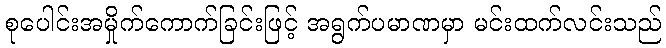
စုပေါင်းအမှိုက်ကောက်ခြင်းဖြင့် အရွက်ပမာဏမှာ မင်းထက်လင်းသည်